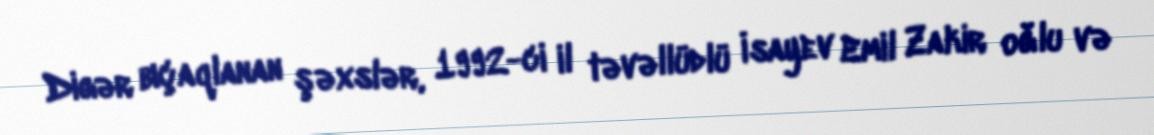
Digər bıçaqlanan şəxslər, 1992-ci il təvəllüdlü İsayev Emil Zakir oğlu və